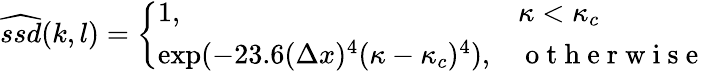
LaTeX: \widehat{ssd}(k,l)=\left\{ \begin{array}{ll}{1,}&{\kappa<\kappa_{c}}\\ {\exp(-23.6(\Delta x)^{4}(\kappa-\kappa_{c})^{4}),}&{\mathrm{~o~t~h~e~r~w~i~s~e~}}\end{array}\right.